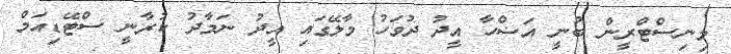
މިނިސްޓްރީން ބުނީ އަޟްހާ އީދު ދުވަހު މާލޭގައި އީދު ނަމާދު ކުރާނީ ސްޓޭޑިއަމް